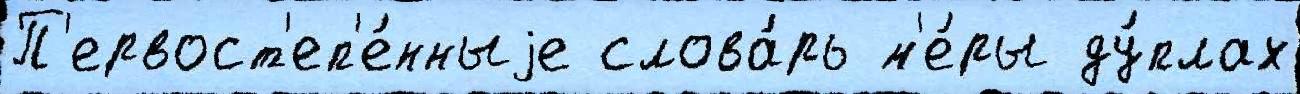
П'ервост'еп'е́нныjе слова́рь м'е́ры ду́плах